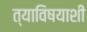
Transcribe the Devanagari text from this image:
त्याविषयाशी